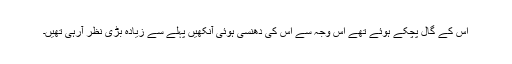
اس کے گال پچکے ہوئے تھے اس وجہ سے اس کی دھنسی ہوئی آنکھیں پہلے سے زیادہ بڑی نظر آرہی تھیں۔